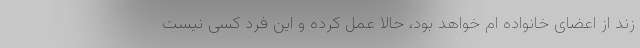
زند از اعضای خانواده ام خواهد بود، حالا عمل کرده و این فرد کسی نیست